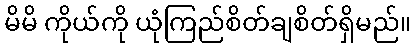
မိမိ ကိုယ်ကို ယုံကြည်စိတ်ချစိတ်ရှိမည်။